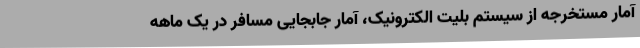
آمار مستخرجه از سیستم بلیت الکترونیک، آمار جابجایی مسافر در یک ماهه